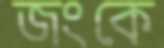
জংকে